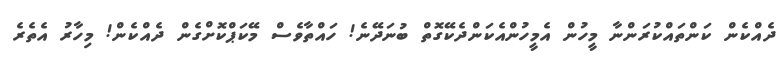
ދެއްކެން ކަންތައްކުރަންނާ މީހުން އެމީހުންއެކަންދެކޭގޮތް ބުނަދޭނެ! ހައްތާވެސް މޭކަޕްކޮށްގެން ދެއްކެން! މިހާރު އެތެރެ